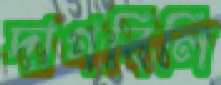
দাগবিলি